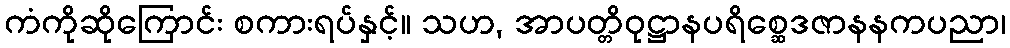
ကံကိုဆိုကြောင်း စကားရပ်နှင့်။ သဟ, အာပတ္တိဝုဋ္ဌာနပရိစ္ဆေဒဇာနနကပညာ၊